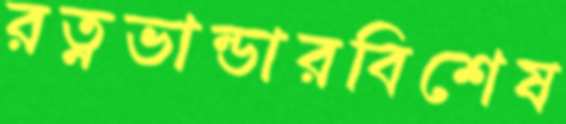
রত্নভান্ডারবিশেষ